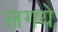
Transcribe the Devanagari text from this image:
लगये